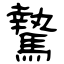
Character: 騺